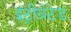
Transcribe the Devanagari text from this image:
इंट्रीग्रेटेड